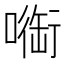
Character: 㗸